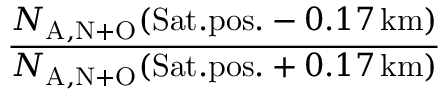
\frac { N _ { \mathrm { A , N + O } } ( \mathrm { S a t . p o s . } - 0 . 1 7 \, \mathrm { k m } ) } { N _ { \mathrm { A , N + O } } ( \mathrm { S a t . p o s . } + 0 . 1 7 \, \mathrm { k m } ) }